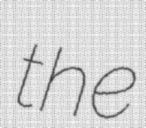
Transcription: the